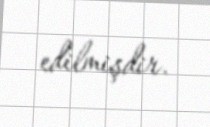
edilmişdir.